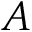
A